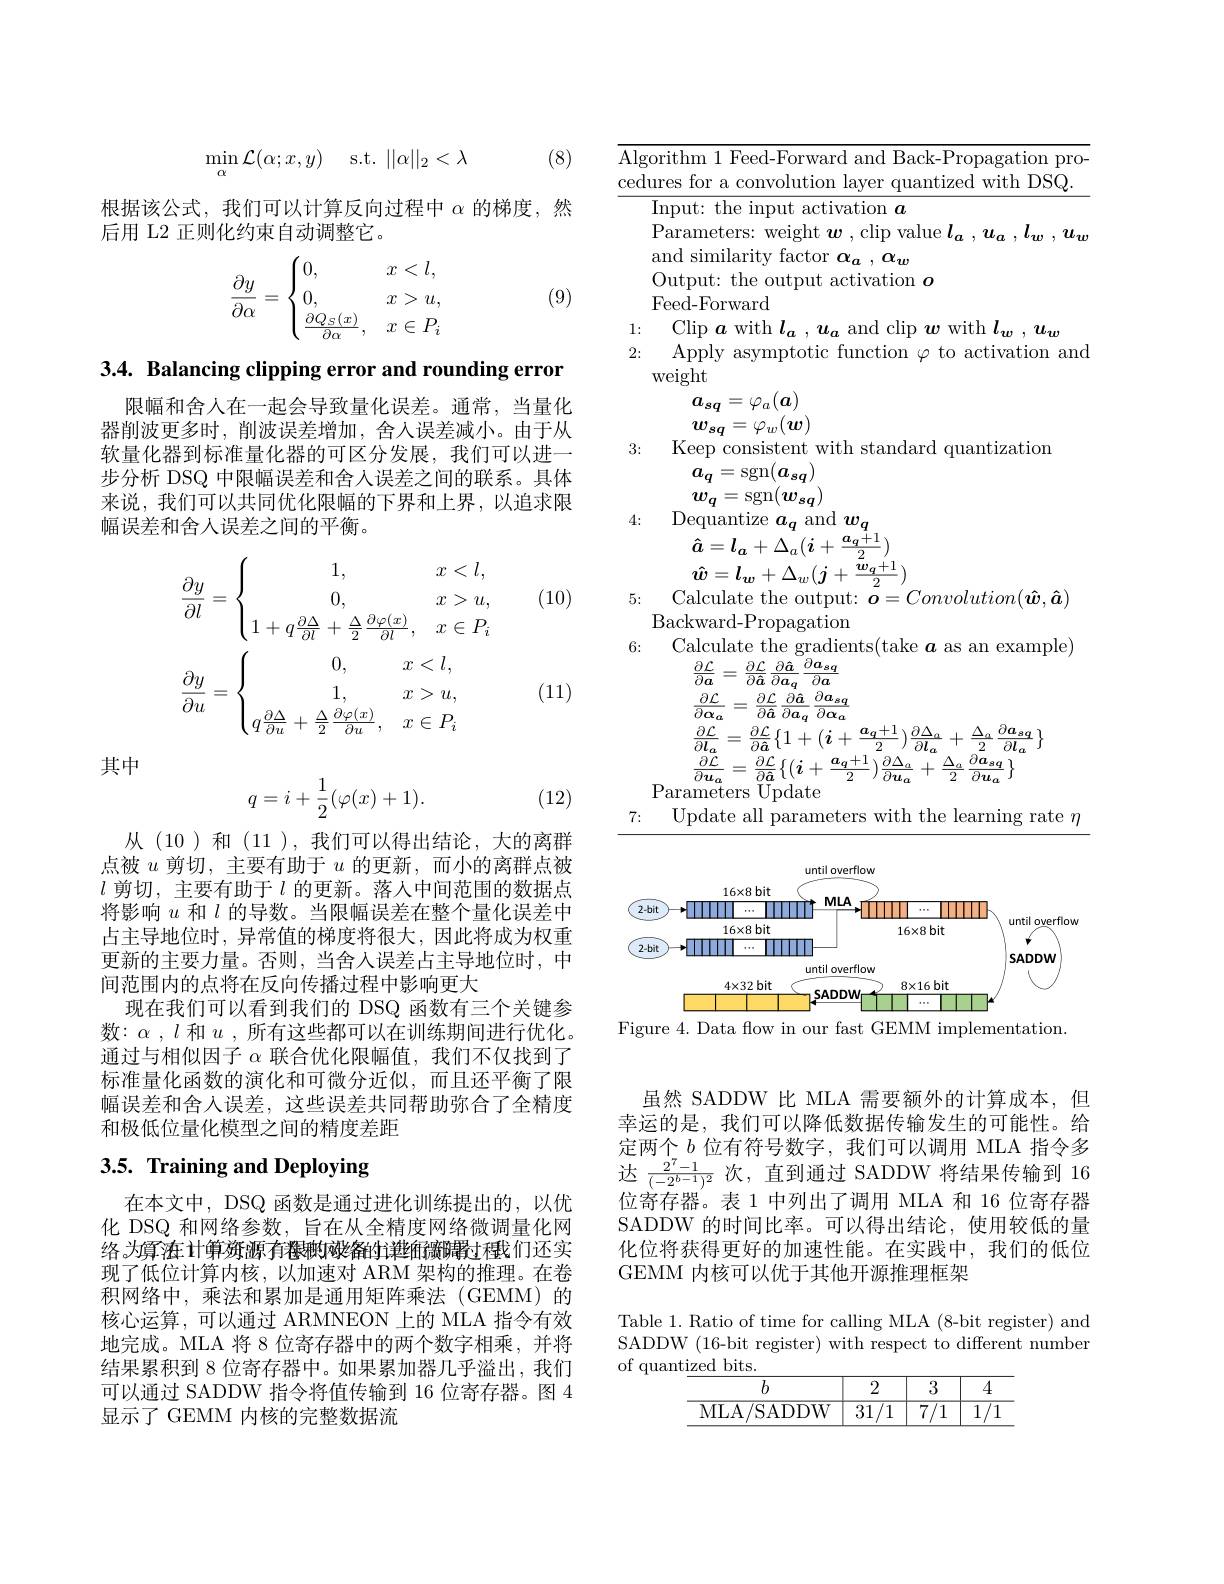
(8)
$$\min\limits_{\alpha}\mathcal{L}(\alpha;x,y)\quad\mathrm{s.t.}\:||\alpha||_2<\lambda $$
根据该公式，我们可以计算反向过程中$\alpha$的梯度，然
后用 L2 正则化约束自动调整它。

(9)
$$\dfrac{\partial y}{\partial\alpha}=\begin{cases}0,&x<l,\\0,&x>u,\\\frac{\partial Q_S(x)}{\partial\alpha},&x\in P_i\end{cases}$$
3.4. Balancing clipping error and rounding error

限幅和舍人在一起会导致量化误差。通常，当量化器削波更多时，削波误差增加，舍人误差减小。由于从软量化器到标准量化器的可区分发展，我们可以进一步分析 DSQ 中限幅误差和舍人误差之间的联系。具体来说，我们可以共同优化限幅的下界和上界，以追求限幅误差和舍人误差之间的平衡。

(10)
$$\dfrac{\partial y}{\partial l}=\begin{cases}1,&x<l,\\0,&x>u,\\1+q\dfrac{\partial\Delta}{\partial l}+\dfrac{\Delta}{2}\dfrac{\partial\varphi(x)}{\partial l},&x\in P_i\end{cases}\\\dfrac{\partial y}{\partial u}=\begin{cases}0,&x<l,\\1,&x>u,\\q\dfrac{\partial\Delta}{\partial u}+\dfrac{\Delta}{2}\dfrac{\partial\varphi(x)}{\partial u},&x\in P_i\end{cases}$$
(11)

其中
$$q=i+\frac{1}{2}(\varphi(x)+1).$$
(12)

从(10)和(11),我们可以得出结论，大的离群点被$u$剪切，主要有助于$u$的更新，而小的离群点被$l$剪切，主要有助于$l$的更新。落人中间范围的数据点将影响$u$和$l$的导数。当限幅误差在整个量化误差中占主导地位时，异常值的梯度将很大，因此将成为权重更新的主要力量。否则，当舍人误差占主导地位时，中间范围内的点将在反向传播过程中影响更大
现在我们可以看到我们的 DSQ 函数有三个关键参数：$\alpha,l$和$u$,所有这些都可以在训练期间进行优化。通过与相似因子$\alpha$联合优化限幅值，我们不仅找到了标准量化函数的演化和可微分近似，而且还平衡了限幅误差和舍人误差，这些误差共同帮助弥合了全精度和极低位量化模型之间的精度差距

# 3.5. Training and Deploying

在本文中，DSQ 函数是通过进化训练提出的，以优化 DSQ 和网络参数，旨在从全精度网络微调量化网络。为算在计算资源有卷映网络的详细溃踪过程式们还实现了低位计算内核，以加速对 ARM 架构的推理。在卷积网络中，乘法和累加是通用矩阵乘法(GEMM)的核心运算，可以通过 ARMNEON 上的 MLA 指令有效地完成。MLA 将 8 位寄存器中的两个数字相乘，并将结果累积到 8 位寄存器中。如果累加器几乎溢出，我们可以通过 SADDW 指令将值传输到 16 位寄存器。图 4显示了 GEMM 内核的完整数据流

${\overline{\text{Algorithm 1 Feed-Forward and Back-Propagation pro-}}}$ cedures for a convolution layer quantized with DSQ.

Input: the input activation $a$
Parameters: weight $\boldsymbol{w}$, clip value $l_a,u_a,l_w,u_w$
and similarity factor $\alpha_a,\alpha_w$
Output: the output activation $o$
Feed-Forward

1: Clip $\boldsymbol a$ with $l_a,\boldsymbol u_a$ and clip $\boldsymbol w$ w with $l_{\boldsymbol{w}},\boldsymbol u_{\boldsymbol{w}}$
2: Apply asymptotic function $\varphi$ to activation and
weight

$a_{sq}=\varphi_{a}(\boldsymbol{a})$ $w_{sq}=\varphi_{w}(\boldsymbol{w})$ Keep consistent with standard quantization

3:

$a_{q}=\operatorname{sgn}(\boldsymbol{a}_{sq})$ $w_{q}=\operatorname{sgn}(w_{s\boldsymbol{q}})$ ${\mathrm{Dequantize~}}a_{q}$ and $w_{q}$ $\hat{a}=l_{\boldsymbol{a}}+\bar{\Delta_{a}}(\boldsymbol{i}+\frac{\boldsymbol{a}_{\boldsymbol{q}}^{\boldsymbol{r}}+1}{2})$ $\hat{w}=\boldsymbol{l}_{\boldsymbol{w}}+\Delta_{w}(\boldsymbol{j}+\frac{\boldsymbol{w}_{\boldsymbol{q}}^{\prime}}{2})$

4:

Calculate the output: $\tilde{\boldsymbol{o}}=Convolution(\hat{\boldsymbol{w}},\hat{\boldsymbol{a}})$

5:
Backward- Propagation
6:
$\begin{array}{c}{\mathrm{Calculate~the~gradients(take~}\boldsymbol{a}\mathrm{~as~an~example)}}\\{\frac{\partial\mathcal{L}}{\partial\boldsymbol{a}}=\frac{\partial\mathcal{L}}{\partial\hat{\boldsymbol{a}}}\frac{\partial\hat{\boldsymbol{a}}}{\partial\boldsymbol{a}_q}\frac{\partial\boldsymbol{a}_{sq}}{\partial\boldsymbol{a}}}\\{\frac{\partial\mathcal{L}}{\partial\mathcal{L}}}\\{\frac{\partial\mathcal{L}}{\partial\mathcal{C}}}{\frac{\partial\mathcal{L}}{\partial\mathcal{C}}}{\frac{\partial\hat{\boldsymbol{a}}}{\partial\boldsymbol{a}_q}}\frac{\partial\boldsymbol{a}_{sq}}{\partial\boldsymbol{a}}\end{array}$

$\frac{\partial\mathcal{L}}{\partial\boldsymbol{\alpha}_{a}}=\frac{\partial\mathcal{L}}{\partial\hat{\boldsymbol{a}}}\frac{\partial\hat{\boldsymbol{a}}}{\partial\boldsymbol{a}_{q}}\frac{\partial\boldsymbol{a}_{sq}}{\partial\boldsymbol{\alpha}_{a}}$
$\frac{\partial\mathcal{L}}{\partial\boldsymbol{l}_{a}}=\frac{\partial\mathcal{L}}{\partial\hat{\boldsymbol{a}}}\{1+(\boldsymbol{i}+\frac{\boldsymbol{a}_{q}+1}{2})\frac{\partial\Delta_{a}}{\partial\boldsymbol{l}_{a}}+\frac{\Delta_{a}}{2}\frac{\partial\boldsymbol{a}_{sq}}{\partial\boldsymbol{l}_{a}}\}$ $\frac{\partial{\mathcal L}}{\partial u_{a}}=\frac{\partial{\mathcal L}}{\partial{\hat{a}}}\left\{(\boldsymbol{i}+\frac{a_{q}+1}{2})\frac{\partial{\Delta_{a}}}{\partial{\boldsymbol{u}_{a}}}+\frac{\Delta_{a}}{2}\frac{\partial{\boldsymbol{a}_{sq}}}{\partial{\boldsymbol{u}_{a}}}\right\}$
Parameters Update
Update all parameters with the learning rate $\eta$

7:

<FigureHere>
Figure 4. Data flow in our fast GEMM implementation.

虽然 SADDW 比 MLA 需要额外的计算成本，但幸运的是，我们可以降低数据传输发生的可能性。给定两个$b$位有符号数字，我们可以调用 MLA 指令多达$\frac{2^{7}-1}{(-2^{b-1})^{2}}$次，直到通过 SADDW 将结果传输到 16位寄存器。表 1 中列出了调用 MLA 和 16 位寄存器SADDW 的时间比率。可以得出结论，使用较低的量化位将获得更好的加速性能。在实践中，我们的低位GEMM 内核可以优于其他开源推理框架

Table 1. Ratio of time for calling MLA (8-bit register) and SADDW (16-bit register) with respect to different number of quantized bits.

$\underline{b}$
$\begin{array}{c|ccccc}{2}&&{3}&&{4}\\\end{array}$
$\begin{array}{c|c|c|c|c}{\mathrm{MLA/SADDW}}&{31/1}&{7/1}&{1/1}\\\end{array}$